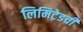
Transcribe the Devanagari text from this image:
लिमिटेडची